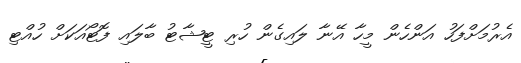
އެރުމަށްފަހު އަންހެން މީހާ އޭނާ ލައިގެން ހުރި ޓީޝާޓު ބާލައި ފޮޓޯއަކަށް ހުއްޓި